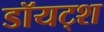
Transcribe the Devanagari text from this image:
डॉयट्श